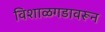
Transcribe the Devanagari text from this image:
विशाळगडावरून